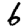
Digit: 6